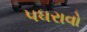
પધરાવો